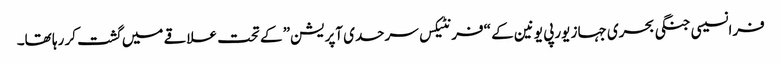
فرانسیسی جنگی بحری جہاز یورپی یونین کے “فرنٹیکس سرحدی آپریشن” کے تحت علاقے میں گشت کر رہا تھا۔